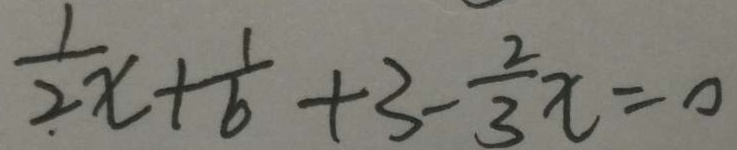
\frac { 1 } { 2 } x + \frac { 1 } { 6 } + 3 - \frac { 2 } { 3 } x = 0